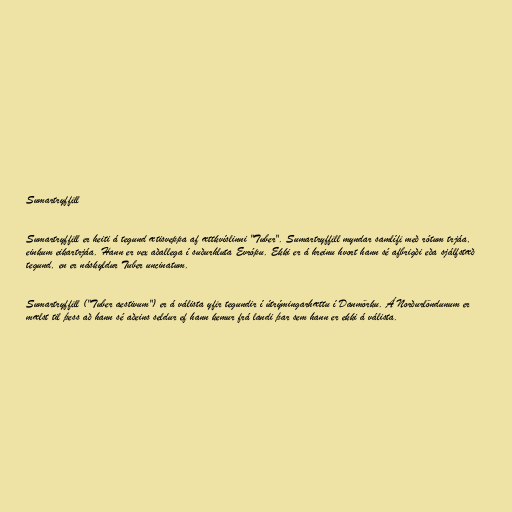
Sumartryffill

Sumartryffill er heiti á tegund ætisveppa af ættkvíslinni "Tuber". Sumartryffill myndar samlífi með rótum trjáa,
einkum eikartrjáa. Hann er vex aðallega í suðurhluta Evrópu. Ekki er á hreinu hvort hann sé afbrigði eða sjálfstæð
tegund, en er náskyldur Tuber uncinatum.

Sumartryffill ("Tuber aestivum") er á válista yfir tegundir í útrýmingarhættu í Danmörku. Á Norðurlöndunum er
mælst til þess að hann sé aðeins seldur ef hann kemur frá landi þar sem hann er ekki á válista.